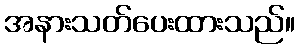
အနားသတ်ပေးထားသည်။